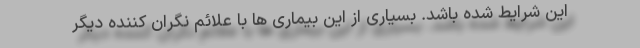
این شرایط شده باشد. بسیاری از این بیماری ها با علائم نگران کننده دیگر